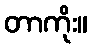
တာကိုး။